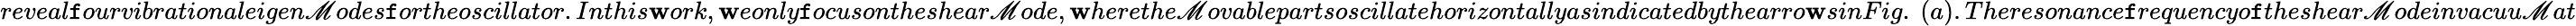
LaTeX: reveal\mathtt{f}ourvibrationaleigen\mathscr{M}odes\mathtt{f}ortheoscillator.Inthis\mathbf{w}ork,\mathbf{w}eonly\mathtt{f}ocusontheshear\mathscr{M}ode,\mathbf{w}herethe\mathscr{M}ovablepartsoscillatehorizontallyasindicatedbythearro\mathbf{w}sinFig.~(a).Theresonance\mathtt{f}requencyo\mathtt{f}theshear\mathscr{M}odeinvacuu\mathscr{M}at